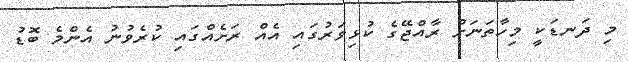
މި ދަނޑަކީ މިހާތަނަށް ރާއްޖޭގެ ކުޅިވަރުގައި އެއް ރަށެއްގައި ކުރެވުނު އެންމެ ބޮޑު